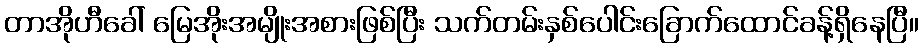
တာအိုဟီခေါ် မြေအိုးအမျိုးအစားဖြစ်ပြီး သက်တမ်းနှစ်ပေါင်းခြောက်ထောင်ခန့်ရှိနေပြီ။